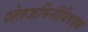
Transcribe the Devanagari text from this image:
शेतजमिनीविषयक